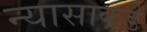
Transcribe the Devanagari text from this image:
न्यासाकडे